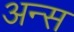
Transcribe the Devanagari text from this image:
अन्स